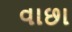
વાછા